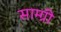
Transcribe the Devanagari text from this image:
साम्ग्री